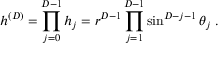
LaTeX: h ^ { ( { D } ) } = \prod _ { j = 0 } ^ { { D - 1 } } h _ { j } = r ^ { { D } - 1 } \prod _ { j = 1 } ^ { { D } - 1 } \sin ^ { { D } - j - 1 } \theta _ { j } \; .